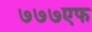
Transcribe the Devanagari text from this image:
७७७एफ